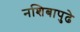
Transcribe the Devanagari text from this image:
नशिबापुढे